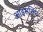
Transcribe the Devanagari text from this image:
आइसलिन